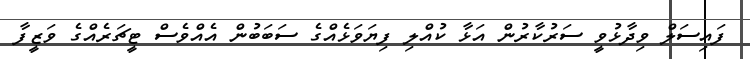
ފައިސަލް ވިދާޅުވީ ސަރުކާރުން އަޅާ ކުއްލި ފިޔަވަޅެއްގެ ސަބަބުން އެެއްވެސް ޓީޗަރެއްގެ ވަޒީފާ